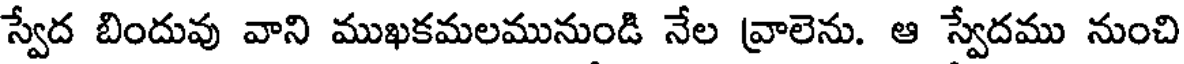
స్వేద బిందువు వాని ముఖకమలమునుండి నేల వ్రాలెను. ఆ స్వేదము నుంచి